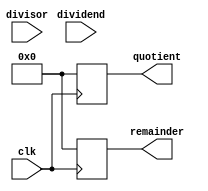
module non_restoring_division_16bit(
input wire [15:0] dividend,
input wire [15:0] divisor,
output reg [15:0] quotient,
output reg [15:0] remainder,
input wire clk
);
reg [15:0] D;
reg [15:0] M;
reg [15:0] Q;
reg [15:0] A;
reg [7:0] count;
always @(*) begin
D = {1'b0, dividend};
M = {1'b0, divisor};
Q = 16'b0;
A = 16'b0;
count = 8'b0;
end
always @(posedge clk) begin
if (count < 16) begin
A = {A, D[15]};
if (A[15] == 0) begin
A = A - M;
end else begin
A = A + M;
end
if (A[15] == 0) begin
Q[0] <= 1'b1;
end else begin
Q[0] <= 1'b0;
A = A + M;
end
Q = Q << 1;
D = D << 1;
count = count + 1;
end
end
always @(posedge clk) begin
quotient <= Q;
remainder <= A;
end
endmodule